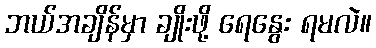
ဘယ်အချိန်မှာ ချိုးဖို့ ရေနွေး ရမလဲ။